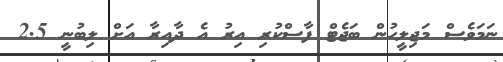
ނަމަވެސް މަޖިލީހުން ބަޖެޓް ފާސްކުރި އިރު އެ ދާއިރާ އަށް ލިބުނީ 2.5